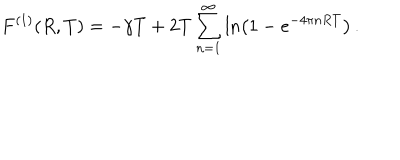
LaTeX: F ^ { ( 1 ) } ( R , T ) = - \gamma T + 2 T \sum _ { n = 1 } ^ { \infty } \ln \left( 1 - e ^ { - 4 \pi n R T } \right) \, { . }